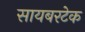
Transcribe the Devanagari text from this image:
सायबरटेक